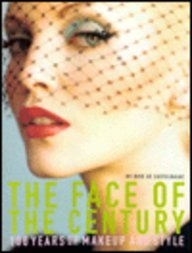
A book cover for Face of the Century: 100 Years of Makeup and Style (1st Edition); Kate De Castelbajac; Health, Fitness & Dieting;